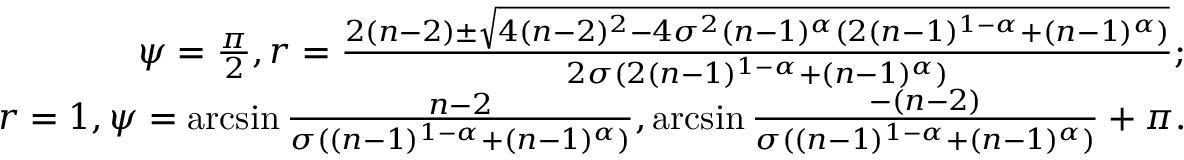
\begin{array} { r } { \psi = \frac { \pi } { 2 } , r = \frac { 2 ( n - 2 ) \pm \sqrt { 4 ( n - 2 ) ^ { 2 } - 4 \sigma ^ { 2 } ( n - 1 ) ^ { \alpha } ( 2 ( n - 1 ) ^ { 1 - \alpha } + ( n - 1 ) ^ { \alpha } ) } } { 2 \sigma ( 2 ( n - 1 ) ^ { 1 - \alpha } + ( n - 1 ) ^ { \alpha } ) } ; } \\ { r = 1 , \psi = \arcsin { \frac { n - 2 } { \sigma ( ( n - 1 ) ^ { 1 - \alpha } + ( n - 1 ) ^ { \alpha } ) } } , \arcsin { \frac { - ( n - 2 ) } { \sigma ( ( n - 1 ) ^ { 1 - \alpha } + ( n - 1 ) ^ { \alpha } ) } } + \pi . } \end{array}